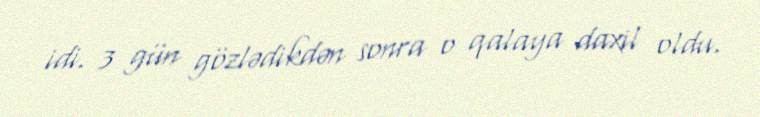
idi. 3 gün gözlədikdən sonra o qalaya daxil oldu.